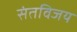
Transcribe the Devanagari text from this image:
संतविजय